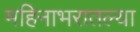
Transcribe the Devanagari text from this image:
महिनाभरातल्या